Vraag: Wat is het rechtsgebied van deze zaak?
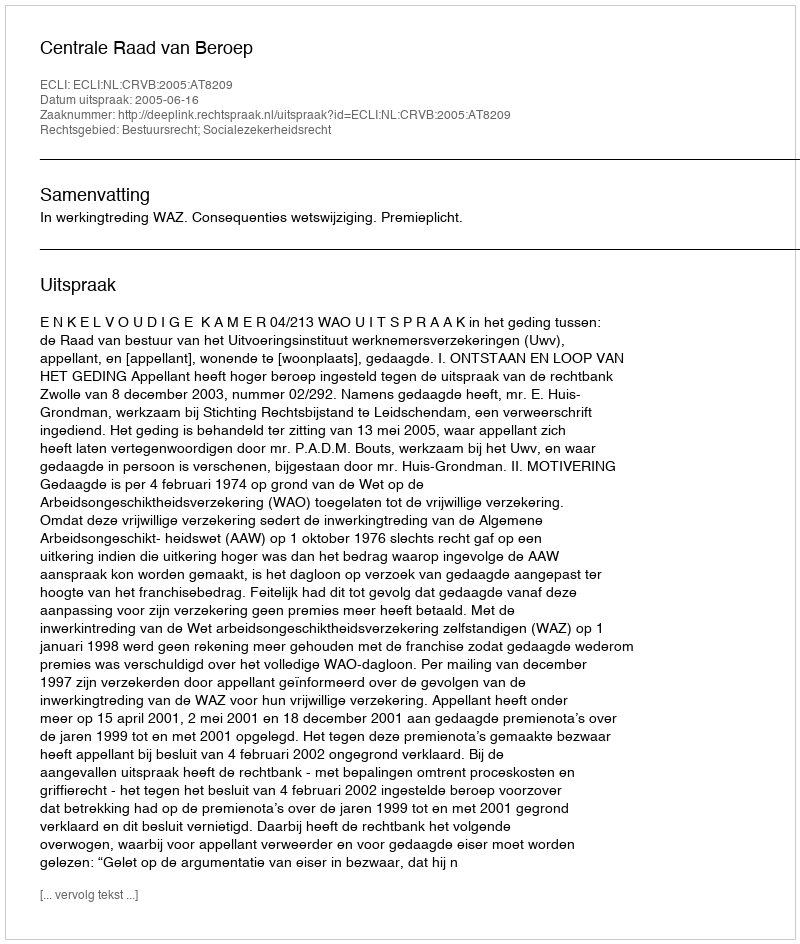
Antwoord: Bestuursrecht; Socialezekerheidsrecht